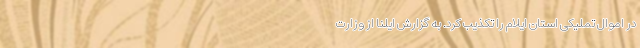
در اموال تملیکی استان ایلام را تکذیب کرد. به گزارش ایلنا از وزارت